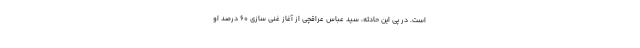
است. در پی این حادثه، سید عباس عراقچی از آغاز غنی سازی ۶۰ درصد او